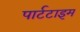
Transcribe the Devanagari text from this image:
पार्टटाइम